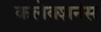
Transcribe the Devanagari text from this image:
कलेक्शनंस